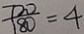
\frac { 7 2 0 } { 1 8 0 } = 4